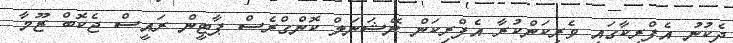
ދެކުނު އެފްރިކާގައި ވެރިކަންކުރާ އެފްރިކަން ނޭޝަނަލް ކޮންގްރެސް ޕާޓީން ރައީސް ޖެކޮބް ޒޫމާ